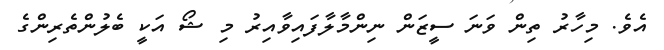
އެވެ. މިހާރު ތިން ވަނަ ސީޒަން ނިންމާލާފައިވާއިރު މި ޝޯ އަކީ ބެލުންތެރިންގެ